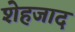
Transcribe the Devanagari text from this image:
शेहजाद